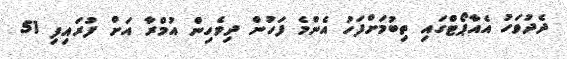
ދެދުވަހު އެއާޕޯޓްގައި ތިބުމަށްފަހު އެންމެ ފަހުން ދިވެހިން އުމްރާ އަށް ފުރައިފި 51